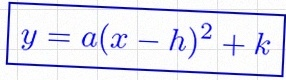
y=a(x-h)^2+k